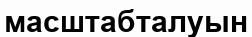
масштабталуын